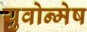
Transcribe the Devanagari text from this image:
युवोन्मेष